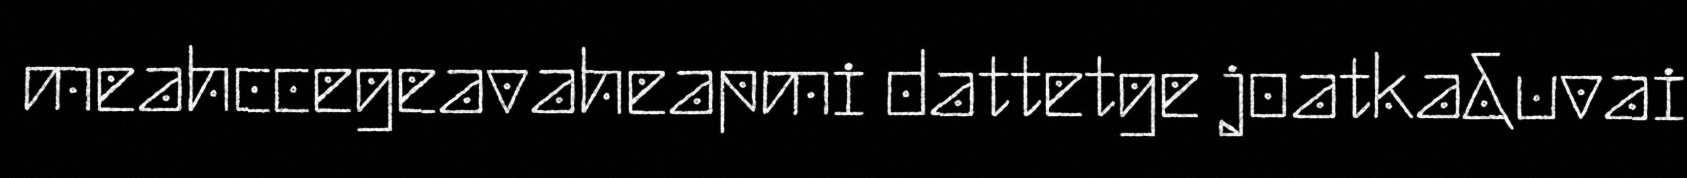
meahccegeavaheapmi dattetge joatka&uvai